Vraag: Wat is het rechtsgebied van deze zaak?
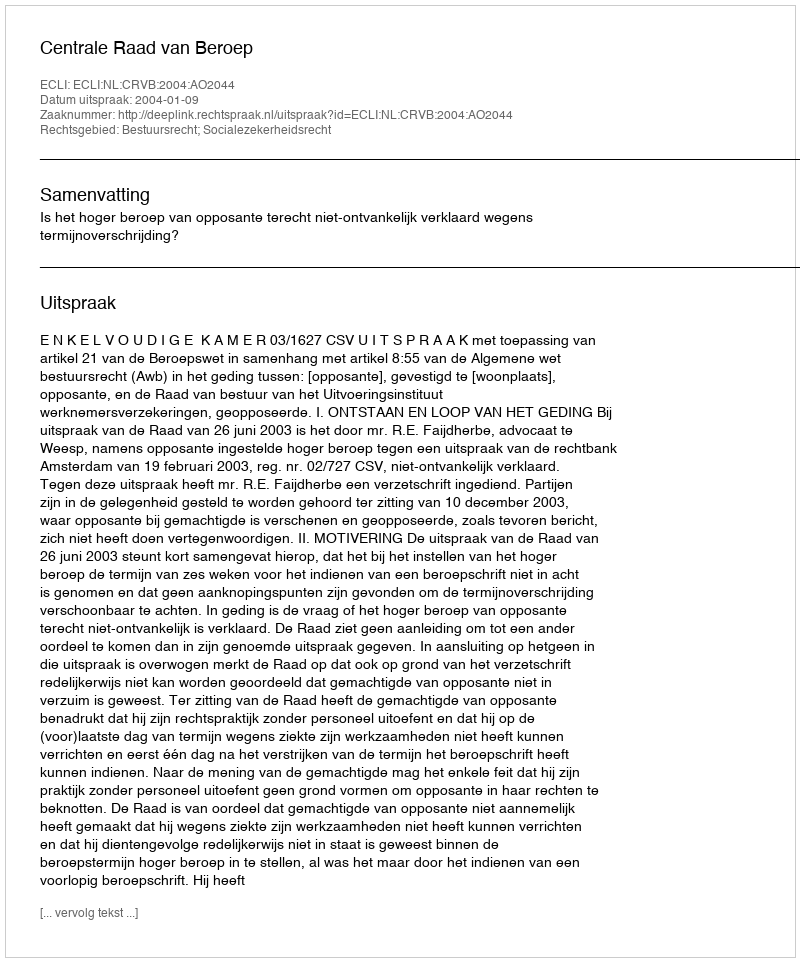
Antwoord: Bestuursrecht; Socialezekerheidsrecht